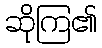
ဆိုကြ၏